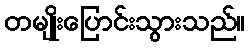
တမျိုးပြောင်းသွားသည်။